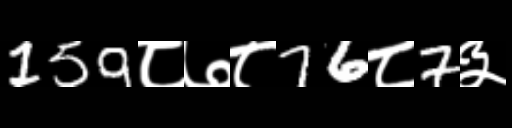
Text: 159८७८76८7३